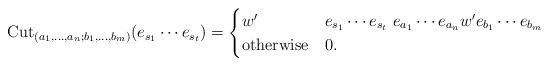
LaTeX: \begin{align*}{\rm Cut}_{(a_{1},\dots,a_{n};b_{1},\dots,b_{m})}(e_{s_{1}}\cdots e_{s_{t}})=\begin{cases}w' & e_{s_{1}}\cdots e_{s_{t}}\ e_{a_{1}}\cdots e_{a_{n}}w'e_{b_{1}}\cdots e_{b_{m}}\\{\rm otherwise} & 0.\end{cases}\end{align*}